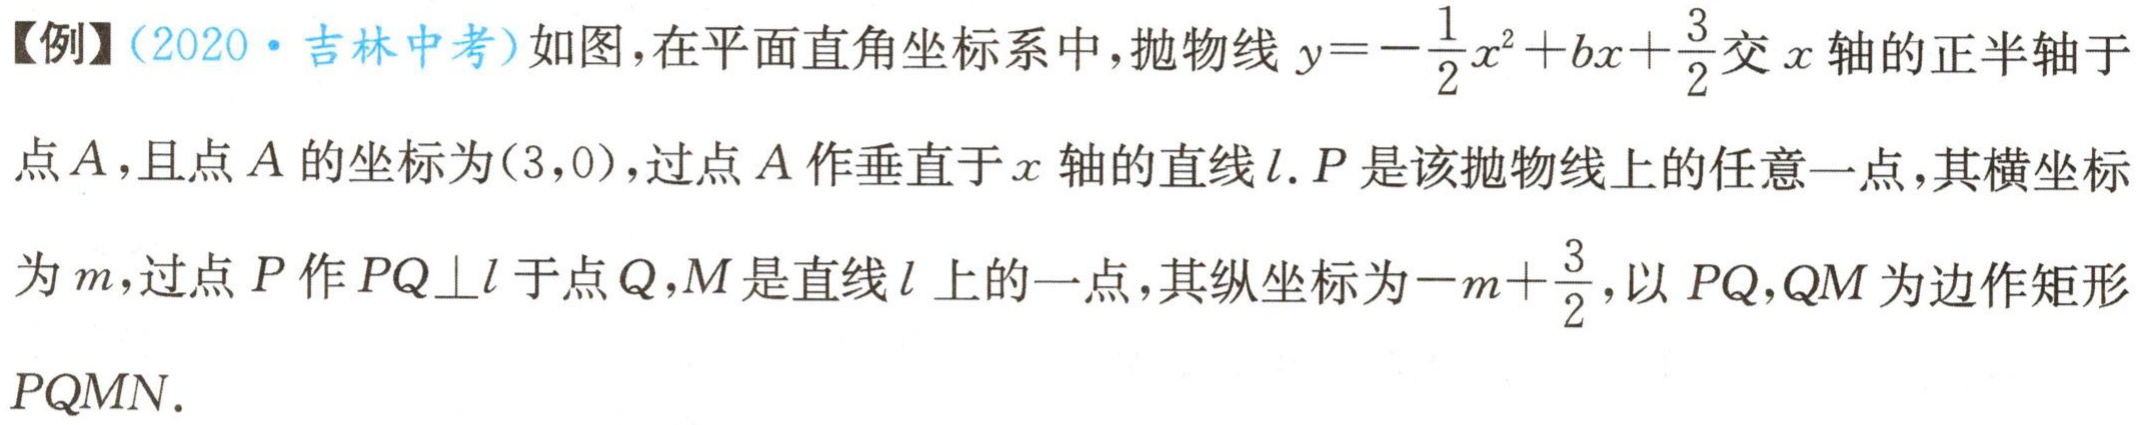
【例】（2020·吉林中考）如图，在平面直角坐标系中，抛物线\(y = -\frac{1}{2}x^{2}+bx+\frac{3}{2}\)交\(x\)轴的正半轴于点\(A\)，且点\(A\)的坐标为\((3,0)\)，过点\(A\)作垂直于\(x\)轴的直线\(l\). \(P\)是该抛物线上的任意一点，其横坐标为\(m\)，过点\(P\)作\(PQ\perp l\)于点\(Q\)，\(M\)是直线\(l\) 上的一点，其纵坐标为\(-m+\frac{3}{2}\)，以\(PQ,QM\)为边作矩形\(PQMN\).